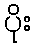
ပိုး